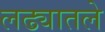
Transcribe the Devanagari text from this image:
लढ्यातले